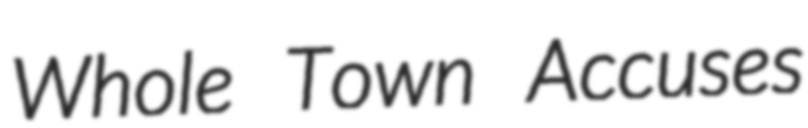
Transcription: Whole Town Accuses